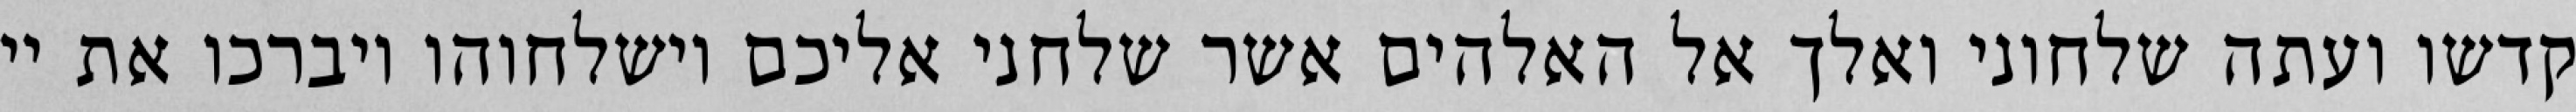
קדשו ועתה שלחוני ואלך אל האלהים אשר שלחני אליכם וישלחוהו ויברכו את יי